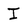
Character: I